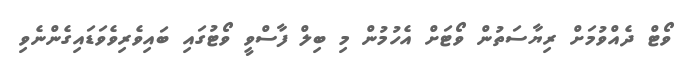
ވޯޓް ދެއްވުމަށް ރިޔާސަތުން ވޯޓަށް އެހުމުން މި ބިލް ފާސްވީ ވޯޓުގައި ބައިވެރިވެވަޑައިގެންނެވި